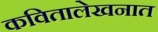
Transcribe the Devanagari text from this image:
कवितालेखनात